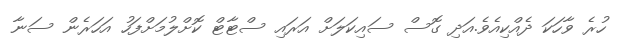
ހުރެ ވާހަކަ ދެއްކިއެވެ.އަދި ގޮސް ސައިކަލަށް އަރައި ސްޓާޓް ކޮށްލުމަށްފަހު އަހަރެން ސަނާ